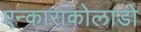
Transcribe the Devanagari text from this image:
एन्काराकोलाडो